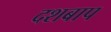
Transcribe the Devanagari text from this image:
दशबाप